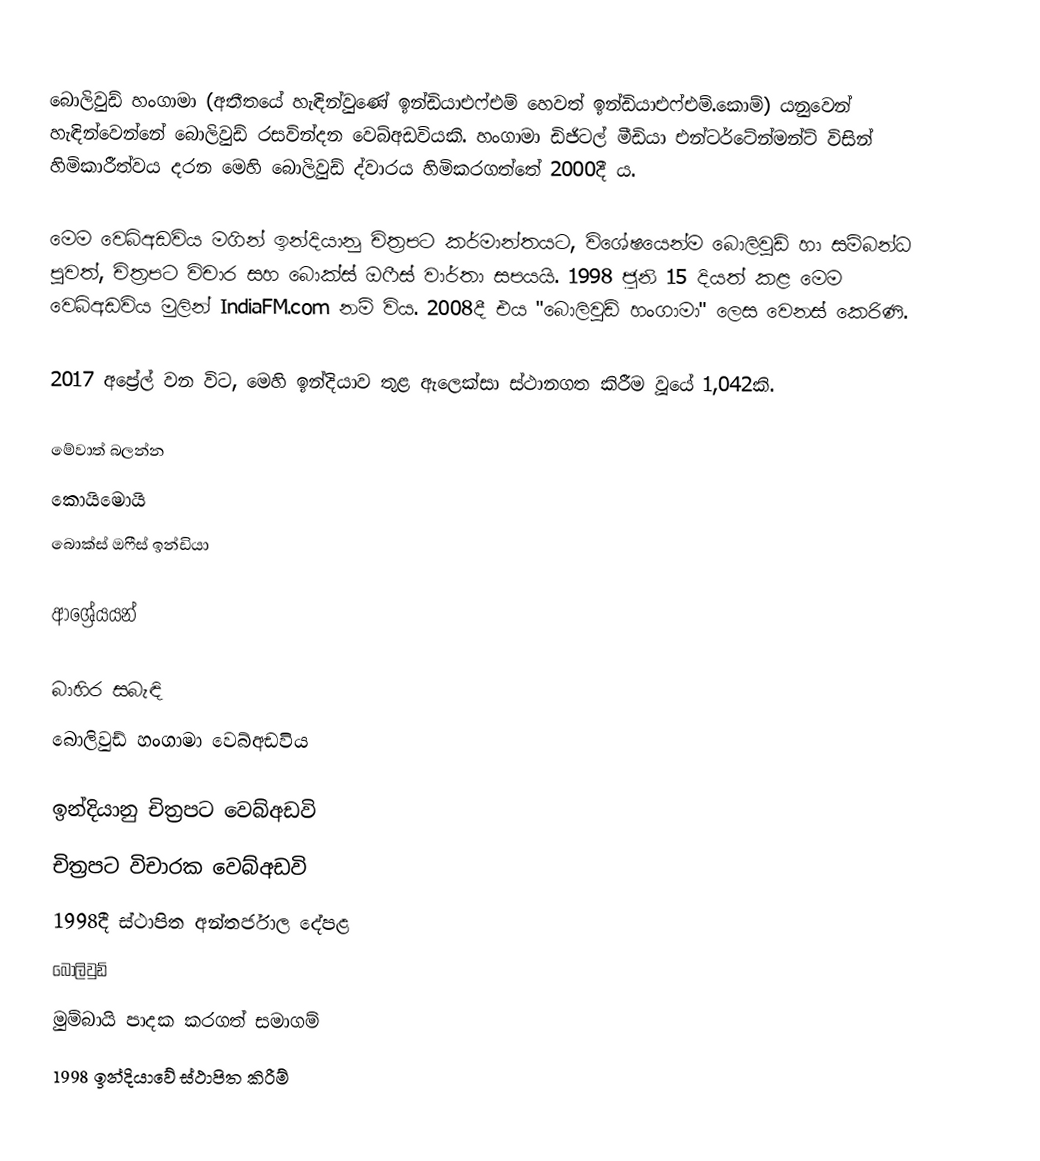
බොලිවුඩ් හංගාමා (අතීතයේ හැඳින්වුණේ ඉන්ඩියාඑෆ්එම් හෙවත් ඉන්ඩියාඑෆ්එම්.කොම්) යනුවෙන් හැඳින්වෙන්නේ බොලිවුඩ් රසවින්දන වෙබ්අඩවියකි. හංගාමා ඩිජිටල් මීඩියා එන්ටර්ටේන්මන්ට් විසින් හිමිකාරීත්වය දරන මෙහි බොලිවුඩ් ද්වාරය හිමිකරගත්තේ 2000දී ය.

මෙම වෙබ්අඩවිය මගින් ඉන්දියානු චිත්‍රපට කර්මාන්තයට, විශේෂයෙන්ම බොලිවුඩ් හා සම්බන්ධ පුවත්, චිත්‍රපට විචාර සහ බොක්ස් ඔෆීස් වාර්තා සපයයි. 1998 ජූනි 15 දියත් කළ මෙම වෙබ්අඩවිය මුලින් IndiaFM.com නම් විය. 2008දී එය "බොලිවුඩ් හංගාමා" ලෙස වෙනස් කෙරිණි.

2017 අප්‍රේල් වන විට, මෙහි ඉන්දියාව තුළ ඇලෙක්සා ස්ථානගත කිරීම වූයේ 1,042කි.

මේවාත් බලන්න
 කොයිමොයි
 බොක්ස් ඔෆීස් ඉන්ඩියා

ආශ්‍රේයයන්

බාහිර සබැඳි
 බොලිවුඩ් හංගාමා වෙබ්අඩවිය

ඉන්දියානු චිත්‍රපට වෙබ්අඩවි
චිත්‍රපට විචාරක වෙබ්අඩවි
1998දී ස්ථාපිත අන්තර්ජාල දේපළ
බොලිවුඩ්
මුම්බායි පාදක කරගත් සමාගම්
1998 ඉන්දියාවේ ස්ථාපිත කිරීම්